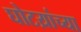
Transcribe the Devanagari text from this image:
घोटय़ांच्या